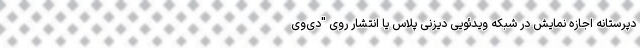
دپرستانه اجازه نمایش در شبکه ویدئویی دیزنی پلاس یا انتشار روی "دی‌وی